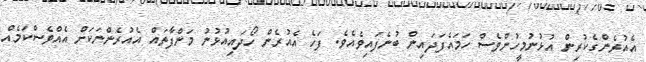
އެއުރެންގެކުރިން އުޅުނުމީހުންވެސް ހަމައެފަދައިން ބުނެފައިވެއެވެ. ފަހެ އެއުރެން ހޯދައިއުޅުނު މަންފާތައް އެއުރެންނަކަށް އެއްވެސްކަމެއް